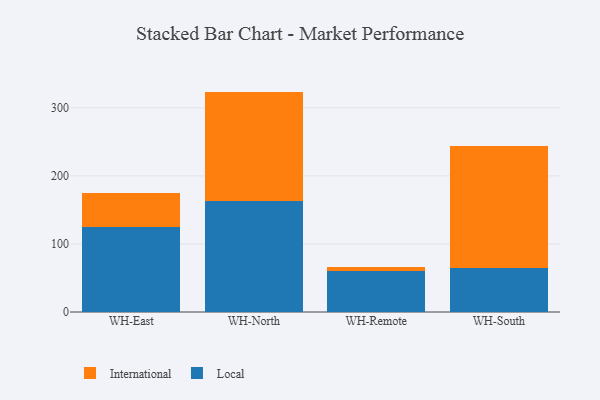
{"axis": {"x": "Warehouse", "y": "Latency (ms)"}, "legend": ["International", "Local"], "data": [{"x": "WH-East", "y": 125.0, "type": "Local"}, {"x": "WH-East", "y": 49.4, "type": "International"}, {"x": "WH-North", "y": 162.9, "type": "Local"}, {"x": "WH-North", "y": 160.9, "type": "International"}, {"x": "WH-Remote", "y": 60.3, "type": "Local"}, {"x": "WH-Remote", "y": 6.0, "type": "International"}, {"x": "WH-South", "y": 64.4, "type": "Local"}, {"x": "WH-South", "y": 179.3, "type": "International"}]}